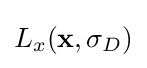
L_{x}(\mathbf {x} ,\sigma _{D})